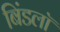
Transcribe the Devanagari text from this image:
बिंडलॉ